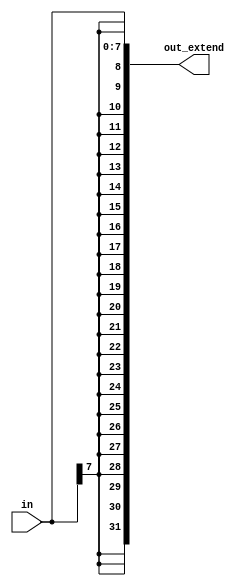
module sign_extend #(
    parameter 	INPUT_WIDTH=8,
                OUTPUT_WIDTH=32
)(
input	wire	[INPUT_WIDTH-1:0]		in,
output	wire	[OUTPUT_WIDTH-1:0]		out_extend
);

localparam width = OUTPUT_WIDTH - INPUT_WIDTH;


assign out_extend [INPUT_WIDTH-1:0] = in;
assign out_extend [OUTPUT_WIDTH-1:INPUT_WIDTH] = {width{in[INPUT_WIDTH-1]}};


endmodule